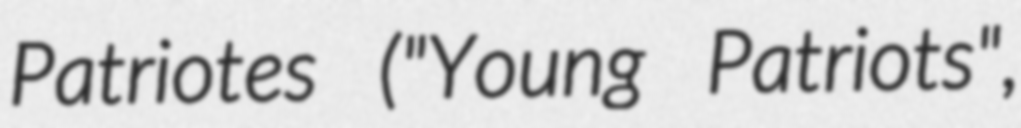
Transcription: Patriotes ("Young Patriots",